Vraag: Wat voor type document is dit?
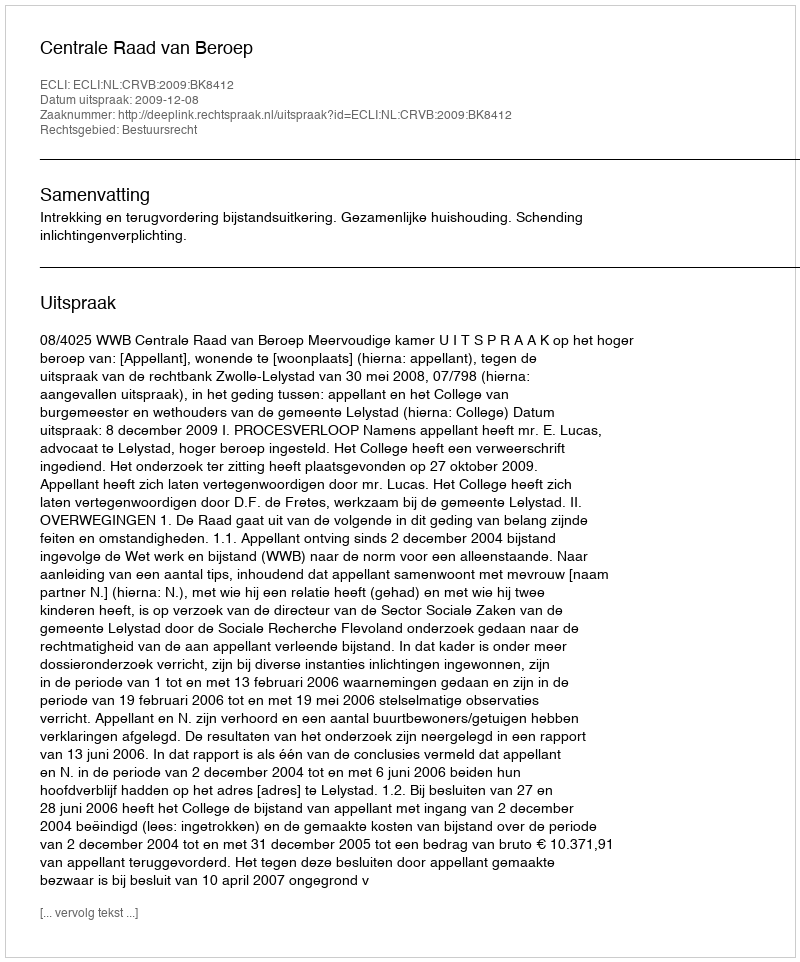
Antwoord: Uitspraak